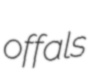
offals